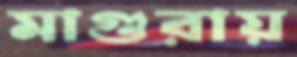
মাগুরায়